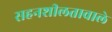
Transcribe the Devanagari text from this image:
सहनशीलतावाले